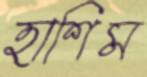
হাশিম